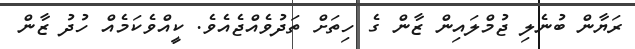
ރަޔާން ބުނެލި ޖުމްލައިން ޒާން ގެ ހިތަށް ތަދުވެއްޖެއެވެ. ކީއްވެކަމެއް ހުދު ޒާން